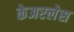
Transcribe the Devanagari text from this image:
केअरलेस